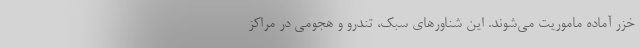
خزر آماده ماموریت می‌شوند. این شناور‌های سبک، تندرو و هجومی در مراکز